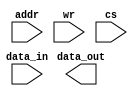
`timescale 1ns / 1ps
//////////////////////////////////////////////////////////////////////////////////
// Company: 
// Engineer: 
// 
// Design Name: 
// Module Name:    ram 
// Project Name: 
// Target Devices: 
// Tool versions: 
// Description: 
//
// Dependencies: 
//
// Revision: 
// Revision 0.01 - File Created
// Additional Comments: 
//
//////////////////////////////////////////////////////////////////////////////////
module ram(addr,data_out,data_in,wr,cs);
parameter addr_size=4,word_size=4,memory_size=8;
input [addr_size-1:0] addr;
input [word_size-1:0] data_in;
input wr,cs;
output [word_size-1:0] data_out; 
reg [word_size-1:0] mem [memory_size-1:0];
assign data_in = mem[addr];
always @ (cs or wr)
if(wr) mem[addr] = data_in;
endmodule